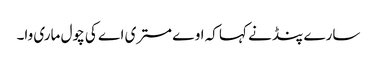
سارے پنڈ نے کہا کہ اوے مستری اے کی چول ماری وا۔